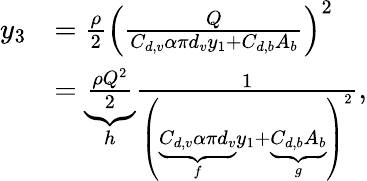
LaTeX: \begin{array}{rl}{y_{3}}&{=\frac{\rho}{2}\left(\frac{Q}{C_{d,v}\alpha\pi d_{v}y_{1}+C_{d,b}A_{b}}\right)^{2}}\\ &{=\underbrace{\frac{\rho Q^{2}}{2}}_{h}\frac{1}{\left(\underbrace{C_{d,v}\alpha\pi d_{v}}_{f}y_{1}+\underbrace{C_{d,b}A_{b}}_{g}\right)^{2}},}\end{array}